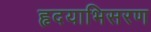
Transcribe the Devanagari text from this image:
हृदयाभिसरण